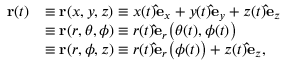
{ \begin{array} { r l } { \mathbf { r } ( t ) } & { \equiv \mathbf { r } ( x , y , z ) \equiv x ( t ) \mathbf { \hat { e } } _ { x } + y ( t ) \mathbf { \hat { e } } _ { y } + z ( t ) \mathbf { \hat { e } } _ { z } } \\ & { \equiv \mathbf { r } ( r , \theta , \phi ) \equiv r ( t ) \mathbf { \hat { e } } _ { r } { \big ( } \theta ( t ) , \phi ( t ) { \big ) } } \\ & { \equiv \mathbf { r } ( r , \phi , z ) \equiv r ( t ) \mathbf { \hat { e } } _ { r } { \big ( } \phi ( t ) { \big ) } + z ( t ) \mathbf { \hat { e } } _ { z } , } \end{array} }